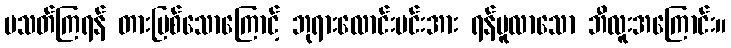
မသတ်ကြရန် တားမြစ်သောကြောင့် ဘုရားလောင်းမင်းအား ရန်မူလာသော ဘီလူးအကြောင်း။